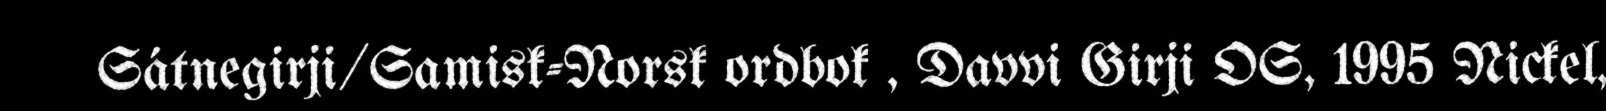
Sátnegirji/Samisk-Norsk ordbok , Davvi Girji OS, 1995 Nickel,